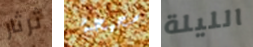
ثرثار صحيحة الليلة